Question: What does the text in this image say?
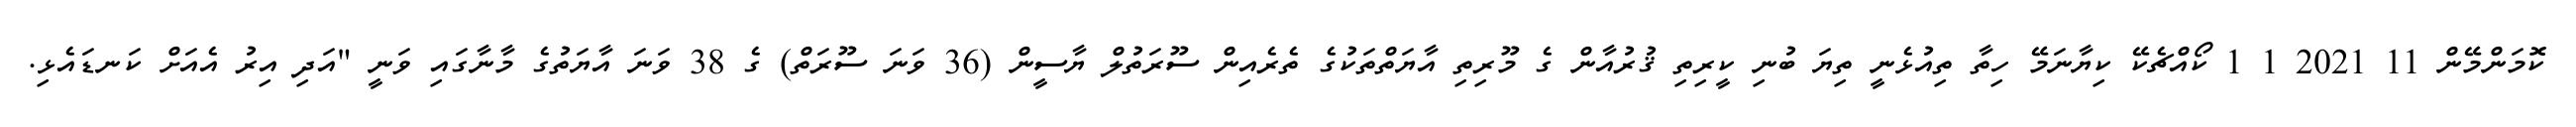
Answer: ކޮމަންމޭން 11 2021 1 1 ކޯއްޗެކޭ ކިޔާނަމޭ ހިތާ ތިއުޅެނީ ތިޔަ ބުނި ކީރިތި ޤުރުއާން ގެ މޫރިތި އާޔަތްތަކުގެ ތެރެއިން ސޫރަތުލް ޔާސީން (36 ވަނަ ސޫރަތް) ގެ 38 ވަނަ އާޔަތުގެ މާނާގައި ވަނީ "އަދި އިރު އެއަށް ކަނޑައެޅި.